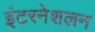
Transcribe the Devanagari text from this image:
इंटरनेशलन